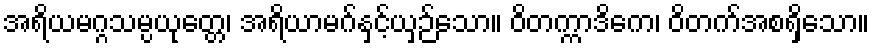
အရိယမဂ္ဂသမ္ပယုတ္တေ၊ အရိယာမဂ်နှင့်ယှဉ်သော။ ဝိတက္ကာဒိကေ၊ ဝိတက်အစရှိသော။